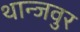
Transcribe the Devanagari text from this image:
थान्जवुर